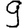
Digit: 9